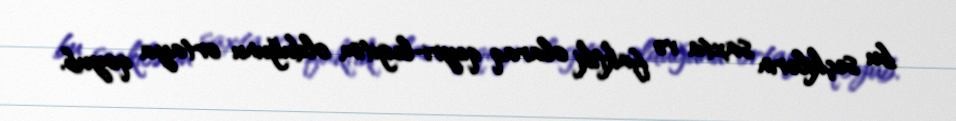
bu seçkilərin saxta və faktiki olaraq qeyri-legitim olduğunu ortaya qoyub.